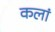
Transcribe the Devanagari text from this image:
कलां